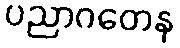
ပညာဂတေန